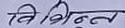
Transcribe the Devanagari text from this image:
विभिन्न